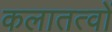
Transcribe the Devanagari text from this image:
कलातत्वों